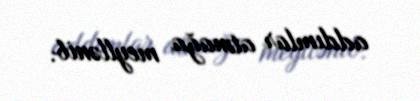
addımlar atmağa meyllənib.